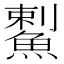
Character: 䱫